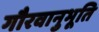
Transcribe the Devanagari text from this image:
गौरवानुभूति